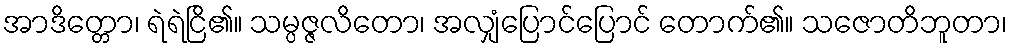
အာဒိတ္တော၊ ရဲရဲငြိ၏။ သမ္ပဇ္ဇလိတော၊ အလျှံပြောင်ပြောင် တောက်၏။ သဇောတိဘူတာ၊